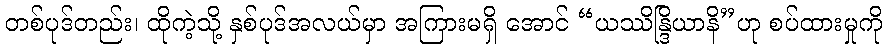
တစ်ပုဒ်တည်း၊ ထိုကဲ့သို့ နှစ်ပုဒ်အလယ်မှာ အကြားမရှိ အောင် “ယဿိန္ဒြိယာနိ”ဟု စပ်ထားမှုကို